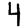
Digit: 4